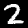
Digit: 2